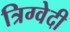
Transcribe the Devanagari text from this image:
त्रिग्वेदी